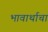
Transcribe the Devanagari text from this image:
भावार्थाचा